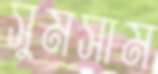
সুমসাম